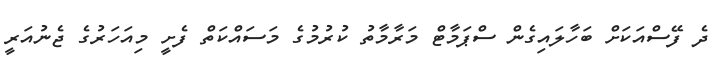
ދެ ފޭސްއަކަށް ބަހާލައިގެން ސްޕަމާޓް މަރާމާތު ކުރުމުގެ މަސައްކަތް ފެށީ މިއަހަރުގެ ޖެނުއަރީ